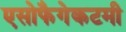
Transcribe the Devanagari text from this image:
एसोफैगेकटमी